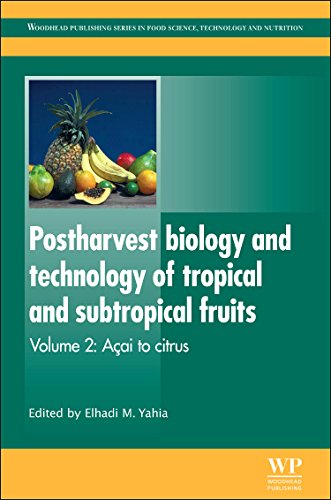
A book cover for Postharvest Biology and Technology of Tropical and Subtropical Fruits: Fundamental Issues (Woodhead Publishing Series in Food Science, Technology and Nutrition); Science & Math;